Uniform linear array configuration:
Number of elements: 32
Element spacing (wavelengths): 0.75
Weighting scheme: uniform
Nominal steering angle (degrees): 60
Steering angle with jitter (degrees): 61.57
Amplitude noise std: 0.05
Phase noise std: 0.05

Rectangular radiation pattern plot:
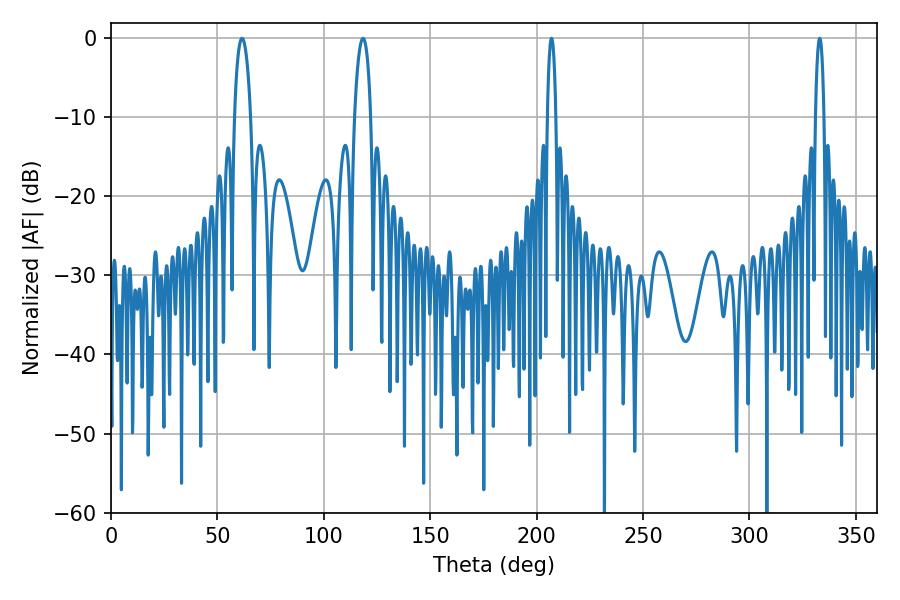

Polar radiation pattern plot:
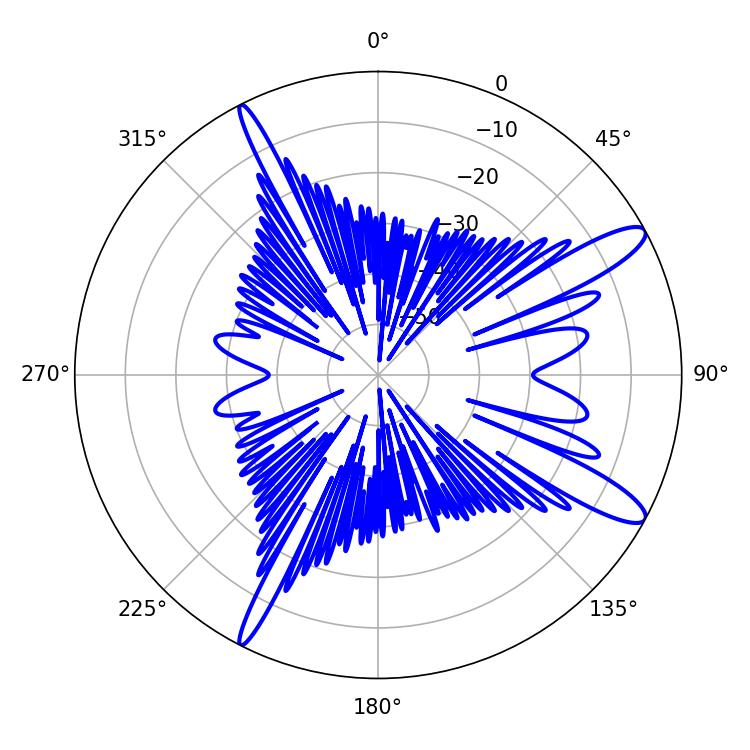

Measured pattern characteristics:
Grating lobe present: TRUE
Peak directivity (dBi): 12.551
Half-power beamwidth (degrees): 2.16
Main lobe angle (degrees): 207